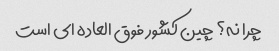
چرا نه؟ چین کشور فوق العاده ای است